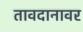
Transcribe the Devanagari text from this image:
तावदानावर